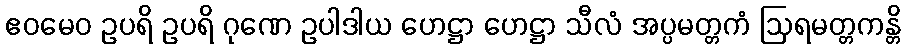
ဧဝမေဝ ဥပရိ ဥပရိ ဂုဏေ ဥပါဒါယ ဟေဋ္ဌာ ဟေဋ္ဌာ သီလံ အပ္ပမတ္တကံ ဩရမတ္တကန္တိ